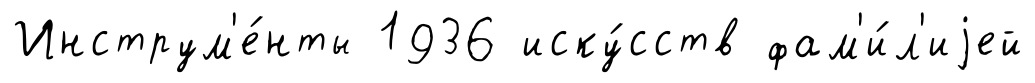
Инструм'е́нты 1936 иску́сств фам'и́л'иjей